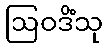
ဩဝဒိံသု